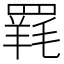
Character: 𮊐